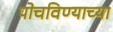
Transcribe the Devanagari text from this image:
पोचविण्याच्या